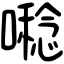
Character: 𡀝